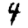
Digit: 4